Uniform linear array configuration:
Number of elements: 32
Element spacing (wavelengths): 0.25
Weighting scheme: blackman
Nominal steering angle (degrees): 60
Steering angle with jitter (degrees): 58.24
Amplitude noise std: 0.05
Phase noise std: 0.05

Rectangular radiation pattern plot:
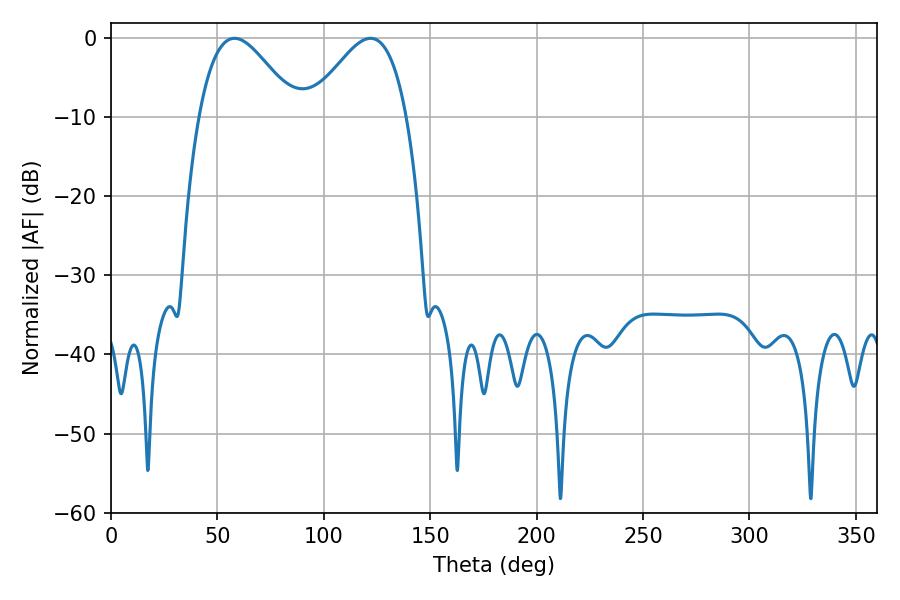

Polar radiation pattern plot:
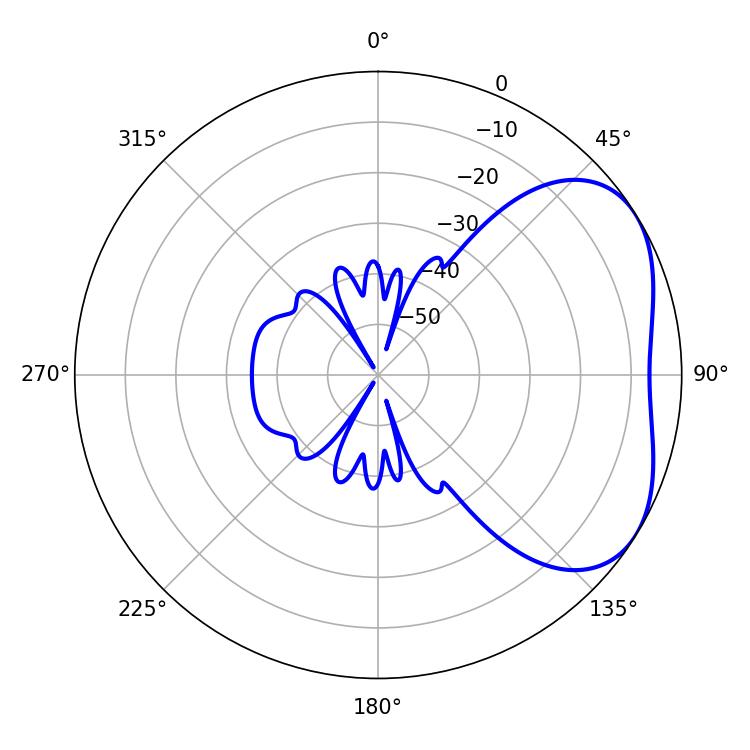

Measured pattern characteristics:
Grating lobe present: FALSE
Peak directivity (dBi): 3.825
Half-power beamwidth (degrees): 24.48
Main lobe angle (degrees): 57.96